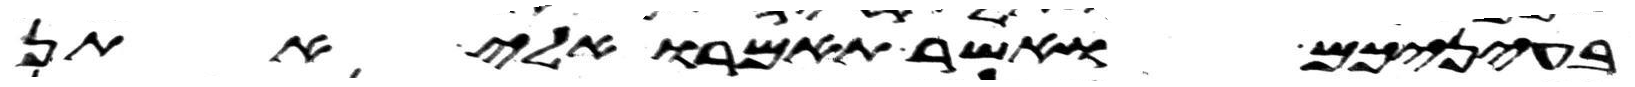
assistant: בעיניכם ואשר תאמרו אלי אתן